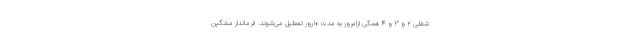
شغلی ۲ و ۳ و ۴ همگی ازامروز به مدت ۱۰روز تعطیل می‌شوند. فرماندار مشگین